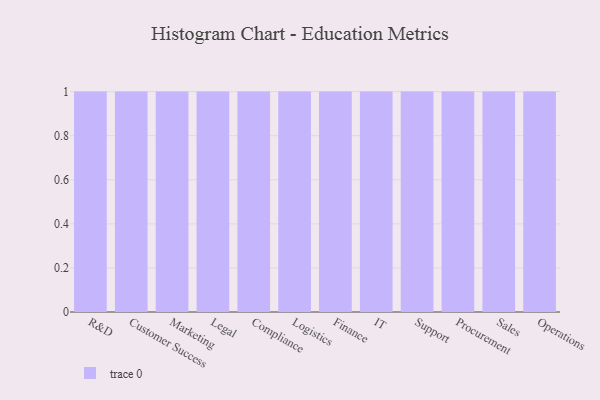
{"axis": {"x": "Department", "y": "Net Income (USD K)"}, "legend": [""], "data": [{"x": "R&D", "y": 3, "type": ""}, {"x": "Customer Success", "y": 10, "type": ""}, {"x": "Marketing", "y": 12, "type": ""}, {"x": "Legal", "y": 95, "type": ""}, {"x": "Compliance", "y": 53, "type": ""}, {"x": "Logistics", "y": 59, "type": ""}, {"x": "Finance", "y": 50, "type": ""}, {"x": "IT", "y": 49, "type": ""}, {"x": "Support", "y": 16, "type": ""}, {"x": "Procurement", "y": 36, "type": ""}, {"x": "Sales", "y": 5, "type": ""}, {"x": "Operations", "y": 38, "type": ""}]}